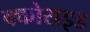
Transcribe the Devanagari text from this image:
क्कोराइड